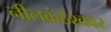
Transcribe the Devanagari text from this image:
नीलकंठेश्‍ववर